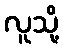
လူသို့